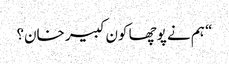
“ ہم نے پوچھا کون کبیر خان؟